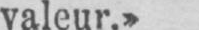
valeur.»